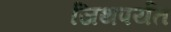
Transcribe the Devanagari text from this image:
जिथपर्यंत